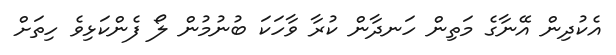
އެކުދިން އޭނާގެ މަތިން ހަނދާން ކުރާ ވާހަކަ ބުނުމުން ލޯ ފެންކަޅިވެ ހިތަށް